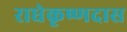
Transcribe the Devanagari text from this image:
राधेकृष्णदास